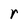
Character: r